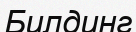
Билдинг